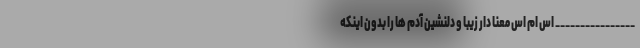
________________ اس ام اس معنا دار زیبا و دلنشین آدم ها را بدون اینکه